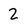
Character: 2